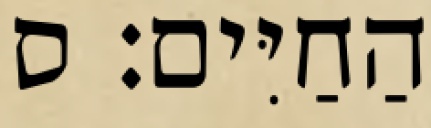
הַחַיִּים׃ ס